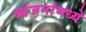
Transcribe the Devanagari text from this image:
व्यंजनांमध्ये